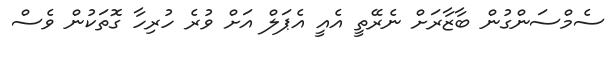
ސެމްސަންގުން ބާޒާރަށް ނެރޭތީ އެއީ އެޕަލް އަށް ވުރެ ހުރިހާ ގޮތަކުން ވެސް